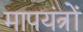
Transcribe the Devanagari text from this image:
मापयंत्रों